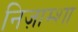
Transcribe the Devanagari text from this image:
निज़ाम्शा